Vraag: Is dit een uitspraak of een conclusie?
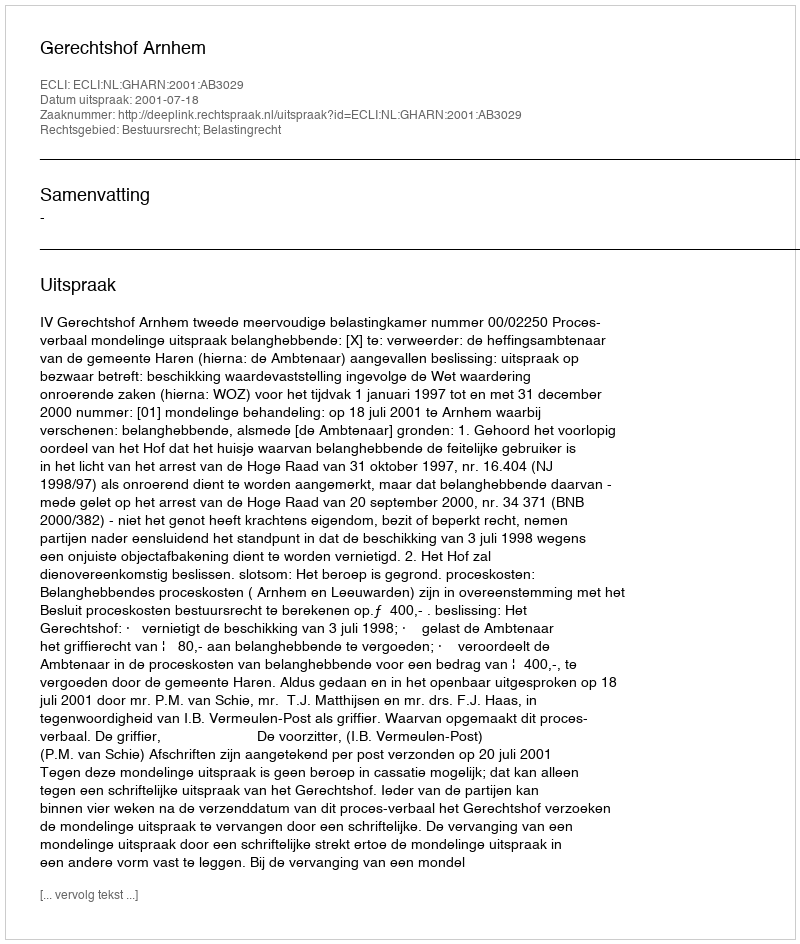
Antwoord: Uitspraak